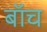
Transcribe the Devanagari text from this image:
बॉच